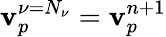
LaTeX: \mathbf{v}_{p}^{\nu=N_{\nu}}=\mathbf{v}_{p}^{n+1}